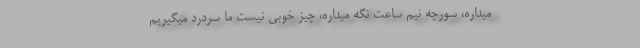
میداره، سورچه نیم ساعت نگه میداره، چیز خوبی نیست ما سردرد میگیریم